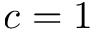
c = 1